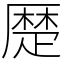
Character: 𠪴